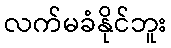
လက်မခံနိုင်ဘူး